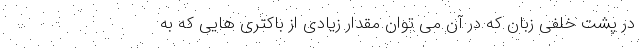
در پشت خلفی زبان که در آن می توان مقدار زیادی از باکتری هایی که به